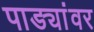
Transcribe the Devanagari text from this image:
पाड्यांवर